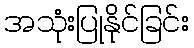
အသုံးပြုနိုင်ခြင်း